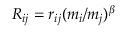
R _ { i j } = r _ { i j } ( m _ { i } / m _ { j } ) ^ { \beta }